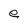
Character: e